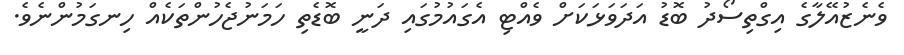
ވެނެޒުއޭލާގެ އިގްތިސޯދު ބޮޑު އަދަވަޅަކަށް ވެއްޓި އެގައުމުގައި ދަނީ ބޮޑެތި ހަމަނުޖެހުންތަކެއް ހިނގަމުންނެވެ.